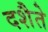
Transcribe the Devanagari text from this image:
दशैते